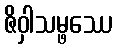
ဇိဝှါသမ္ဖဿေ